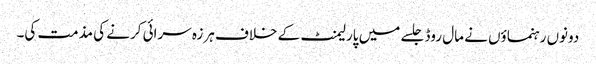
دونوں رہنماؤں نے مال روڈ جلسے میں پارلیمنٹ کے خلاف ہرزہ سرائی کرنے کی مذمت کی۔